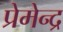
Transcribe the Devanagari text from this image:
प्रेमेन्द्र